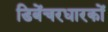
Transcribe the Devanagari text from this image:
डिबेंचरधारकों